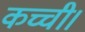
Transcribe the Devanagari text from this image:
कच्ची।